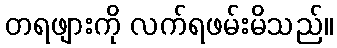
တရဖျားကို လက်ရဖမ်းမိသည်။